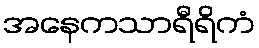
အနေကသာရီရိကံ